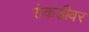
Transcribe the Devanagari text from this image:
रोकडीवर